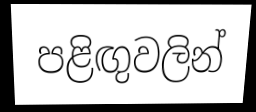
පළිඟුවලින්